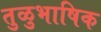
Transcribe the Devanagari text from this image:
तुळुभाषिक